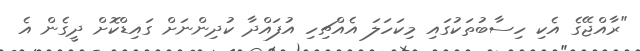
"ރާއްޖޭގެ އެކި ހިސާބުތަކުގައި މިކަހަލަ އެއްޗިހި އުފައްދާ ކުދިންނަށް ގައިޑްކޮށް ދީގެން އެ